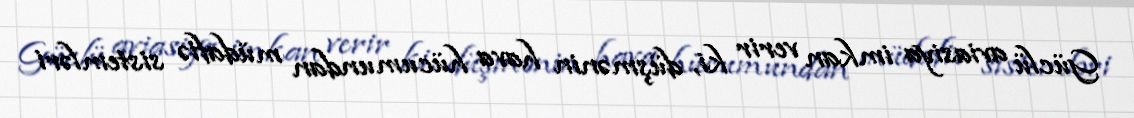
Güclü aviasiya imkan verir ki, düşmənin hava hücumundan müdafiə sistemləri